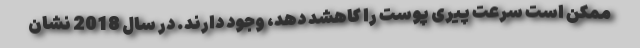
ممکن است سرعت پیری پوست را کاهشد دهد، وجود دارند. در سال 2018 نشان